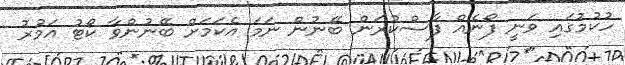
ހުކުމުގައި ވަނީ ފޯނެއް ފާސްކުރަން ބޭނުން ނަމަ އެކަމަށް ބޭނުންވާ ކޯޓު އަމުރު